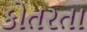
કોતરતા